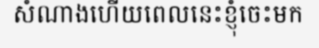
សំណាងហើយពេលនេះខ្ញុំចេះមក